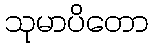
သုမာပိတော